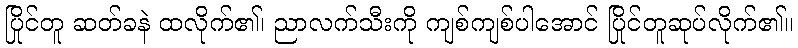
ပြိုင်တူ ဆတ်ခနဲ ထလိုက်၏၊ ညာလက်သီးကို ကျစ်ကျစ်ပါအောင် ပြိုင်တူဆုပ်လိုက်၏။